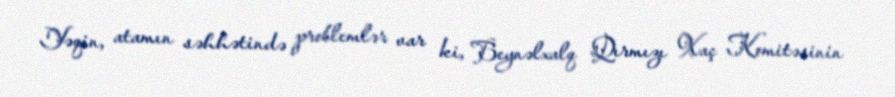
Yəqin, atamın səhhətində problemlər var ki, Beynəlxalq Qırmızı Xaç Komitəsinin